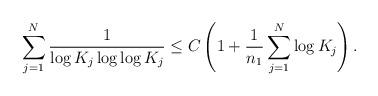
LaTeX: \begin{align*}\sum_{j=1}^{N}\frac{1}{\log K_{j}\log\log K_{j}}\le C\left(1+\frac{1}{n_{1}}\sum_{j=1}^{N}\log K_{j}\right).\end{align*}